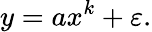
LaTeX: y=ax^{k}+\varepsilon.